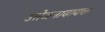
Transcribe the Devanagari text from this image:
उत्तेजनादायक